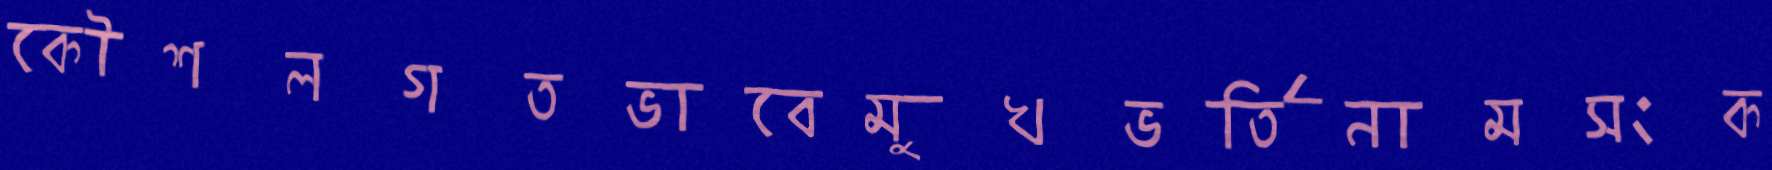
কৌশলগতভাবেমুখভর্তিনামসংক